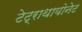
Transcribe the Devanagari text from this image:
टेट्राथायोनेट